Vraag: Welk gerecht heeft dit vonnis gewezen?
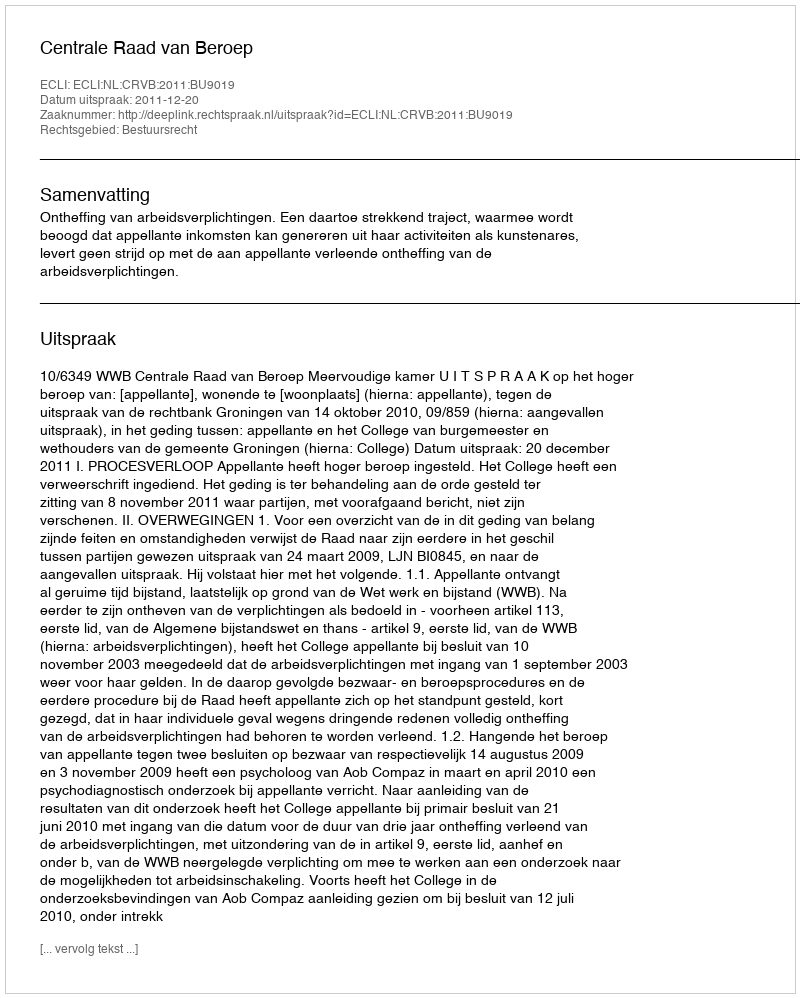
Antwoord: Centrale Raad van Beroep